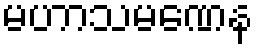
မဟာသမဏေန